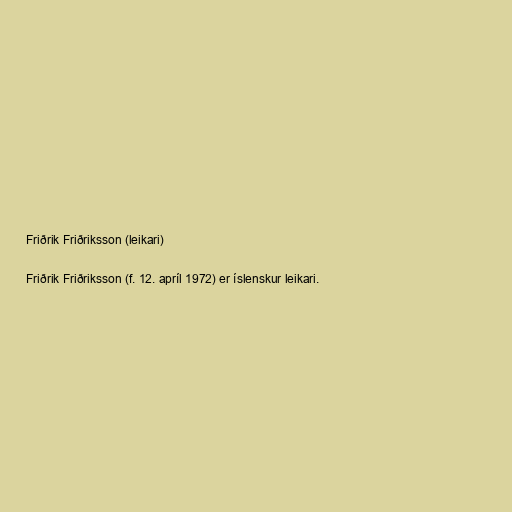
Friðrik Friðriksson (leikari)

Friðrik Friðriksson (f. 12. apríl 1972) er íslenskur leikari.